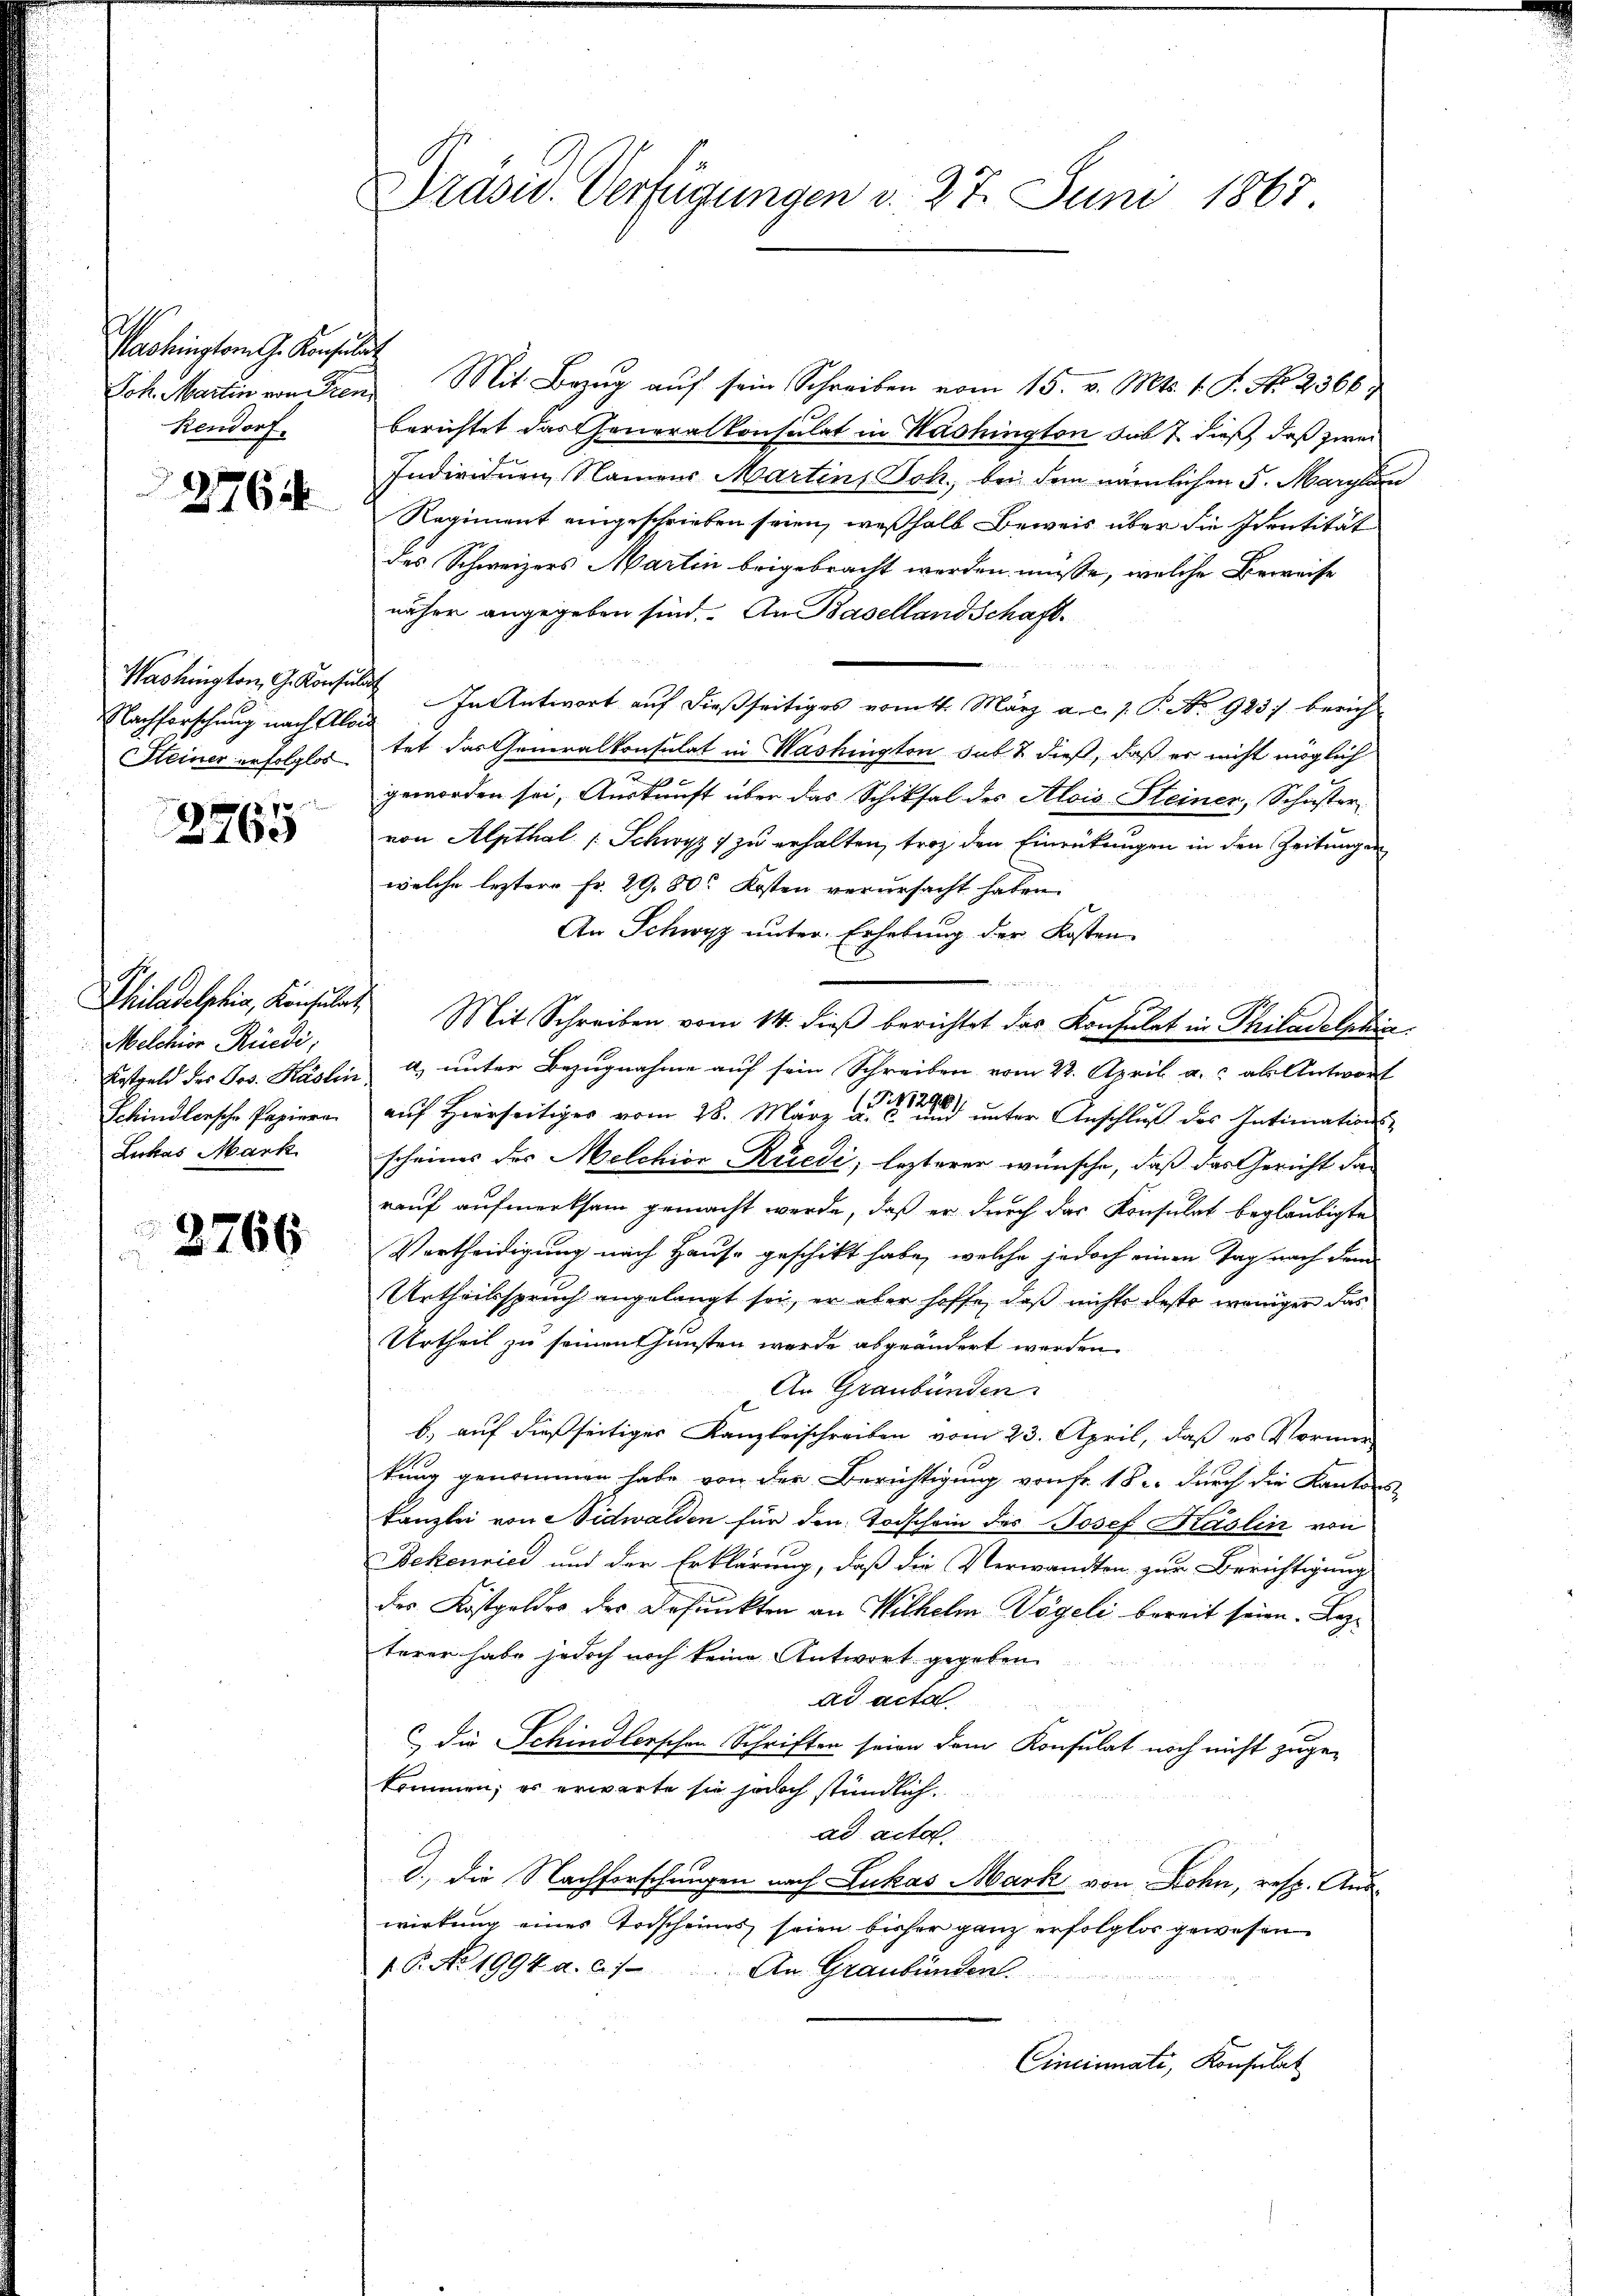
Washington J. Konsuld
Rendorf.

f

2764

Nachforschung nach Alois
Steiner erfolglos

7
1

Melchior Rüedi,
Schindlersche Papiere
Lickas Mark

2766

Präsid. Verfügungen d. 27. Juni 1867

Joh. Martin von Iren Mit Bezŭg aŭf sein Schreiben vom 15. v. Mts. 1. P. Nr. 2366.
berichtet das Generalkonsulat in Washington sub 7. dieß, daß zwei
Individuen Namens Martins Joh., bei dem nämlichen 5. Marga
Regiment eingeschrieben seien, weßhalb Beweis über die Identität
des Schweizers Martin beigebracht werden müsse, welche Beweise
näher angegeben sind. An Basellandschaft¬
Washington, G. Konsul In Antwort auf dießseitiges vom 4. März a. c. J. P. No 923 berich
tet das Generalkonsulat in Washington sub & dieß, daß er nicht möglich
 x
geworden sei, Auskunft über das Schiksal des Alois Steiner, Schwister
von Alpthal (Schwyz zu erhalten, trotz den Einrückungen in den Zeitungen
welche leztere Fr. 29, 80 Kosten verursacht haben.
An Schwyz unter Erhebung der Kosten
Philadelphia, Konsulat Mit Schreiben vom 14. dieβ berichtet das Konsulat in Philadelphia
Kostgeld des Jos. Käslin a. unter Bezugnahme auf sein Schreiben vom 22. April a.c. als Antwort
auf Hierseitiges vom 28. März der unter Anschluß des Intimations-
scheines des Melchior Kredi, lezterer wünsche, daß das Gericht darauf aufmerksam gemacht werde, daß er durch das Konsulat beglaubigte
Vertheidigung nach Hause geschickt habe, welche jedoch einen Tag nach dem
Urtheilsspruch angelangt sei, er aber hoffe, daß nichts desto weniger das
Urtheil zu seinen thunsten werde abgeändert werden.
An Graubünden
b.) auf dießseitiges Kanzleischreiben vom 23. April, daß es Vormer-
kung genommen habe von der Berichtigung von Fr. 18. durch die Kantons
kanzlei von Nidwalden für den Todschein des Josef Käslin von
Bekenrici und der Erklärung, daß die Verwandten zur Berichtigung
der Kostgeldes der Befunkten an Wilhelm Vögeli bereit seien. Bezterer habe jedoch noch keine Antwort gegeben
ad acta
Die Schindlerschen Schriften seien dem Konsulat noch nicht zuge-
kommen; es erwarte sie jedoch stündlich
ad acta
d.) Die Nachforschungen nach Lukas Mark von Bohn, resp. Auswirkung eines Todscheines seien bisher ganz erfolglos gewesen
16. No. 1994. a. c.) An Graubünden
Cincinati, Konsulat